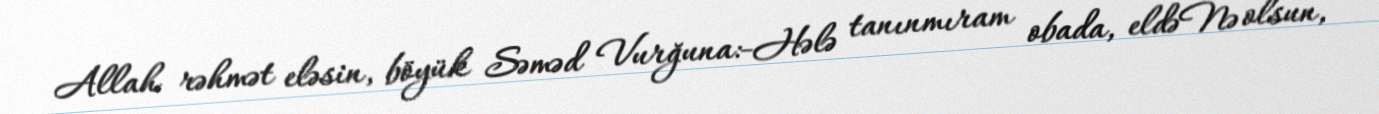
Allah rəhmət eləsin, böyük Səməd Vurğuna:-Hələ tanınmıram obada, eldəNə olsun,